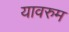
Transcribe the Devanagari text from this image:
यावरुम